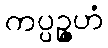
ကပ္ပဉ္ဇဟံ